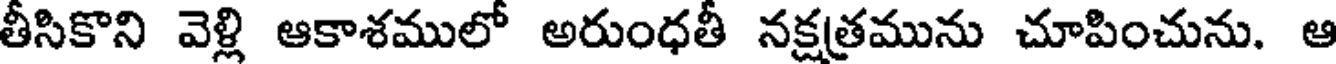
తీసికొని వెళ్లి ఆకాశములో అరుంధతీ నక్షత్రమును చూపించును. ఆ